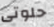
حلوتى